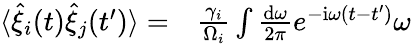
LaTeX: \begin{array}{rl}{\langle\hat{\xi}_{i}(t)\hat{\xi}_{j}(t^{\prime})\rangle=}&{{}\frac{\gamma_{i}}{\Omega_{i}}\int\frac{\mathrm{d}\omega}{2\pi}e^{-\mathrm{i}\omega\left(t-t^{\prime}\right)}\omega}\end{array}